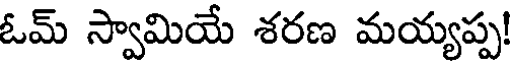
ఓమ్ స్వామియే శరణ మయ్యప్ప!